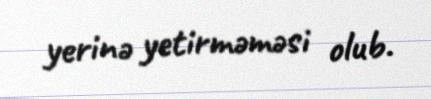
yerinə yetirməməsi olub.